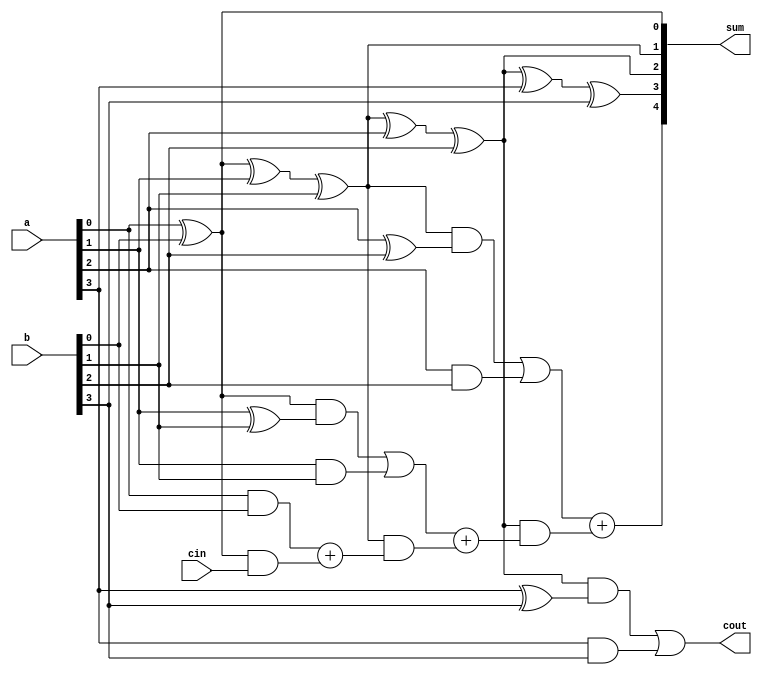
module brent_kung_adder (
    input [3:0] a,
    input [3:0] b,
    input cin,
    output [4:0] sum,
    output cout
);

wire [3:0] p, g, c;

// Stage 1
assign p[0] = a[0] ^ b[0];
assign g[0] = a[0] & b[0];
assign c[0] = cin;

// Stage 2
assign p[1] = p[0] ^ a[1] ^ b[1];
assign g[1] = (p[0] & (a[1] ^ b[1])) | (a[1] & b[1]);
assign c[1] = g[0] + (p[0] & c[0]);

// Stage 3
assign p[2] = p[1] ^ a[2] ^ b[2];
assign g[2] = (p[1] & (a[2] ^ b[2])) | (a[2] & b[2]);
assign c[2] = g[1] + (p[1] & c[1]);

// Stage 4
assign p[3] = p[2] ^ a[3] ^ b[3];
assign g[3] = (p[2] & (a[3] ^ b[3])) | (a[3] & b[3]);
assign c[3] = g[2] + (p[2] & c[2]);

assign sum = {c[3], p[3], p[2], p[1], p[0]};
assign cout = g[3];

endmodule